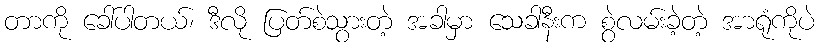
တာကို ခေါ်ပါတယ်၊ ဒီလို ပြတ်စဲသွားတဲ့ အခါမှာ သေခါနီးက စွဲလမ်းခဲ့တဲ့ အာရုံကိုပဲ